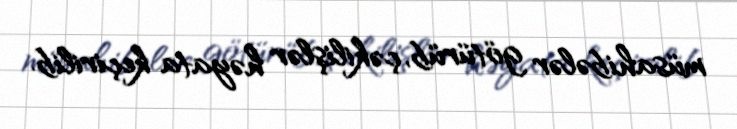
müsahibələr götürüb, çəkilişlər həyata keçirilib.